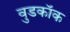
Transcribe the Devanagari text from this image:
वुडकॉक